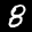
Label: 8